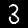
Label: 3